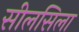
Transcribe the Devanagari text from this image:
सीलसिला